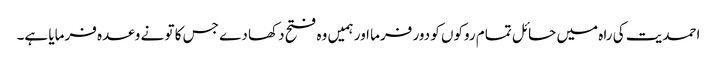
احمدیت کی راہ میں حائل تمام روکوں کو دور فرما اور ہمیں وہ فتح دکھا دے جس کا تو نے وعدہ فرمایا ہے۔